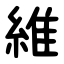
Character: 維